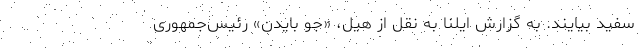
سفید بیایند. به گزارش ایلنا به نقل از هیل، «جو بایدن» رئیس‌جمهوری